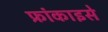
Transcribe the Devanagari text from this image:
फ्रांकाइसे